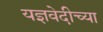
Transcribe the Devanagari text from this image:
यज्ञवेदीच्या